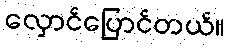
လှောင်ပြောင်တယ်။